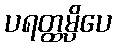
ပရတ္ထမ္ပိပေ